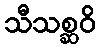
သီသစ္ဆဝိ